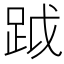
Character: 䟠